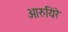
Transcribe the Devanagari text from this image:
आरुयिरे